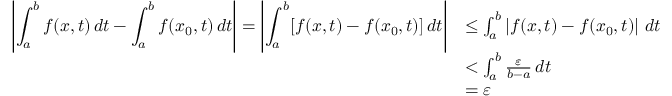
\begin{array} { r l } { \displaystyle \left\lvert \int _ { a } ^ { b } f ( x , t ) \, d t - \int _ { a } ^ { b } f ( x _ { 0 } , t ) \, d t \right\rvert = \displaystyle \left\lvert \int _ { a } ^ { b } [ f ( x , t ) - f ( x _ { 0 } , t ) ] \, d t \right\rvert } & { \leq \int _ { a } ^ { b } \displaystyle \left\lvert f ( x , t ) - f ( x _ { 0 } , t ) \right\rvert \, d t } \\ & { < \int _ { a } ^ { b } \frac { \varepsilon } { b - a } \, d t } \\ & { = \varepsilon } \end{array}